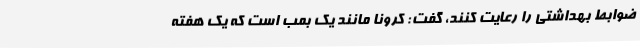
ضوابط بهداشتی را رعایت کنند، گفت: کرونا مانند یک بمب است که یک هفته